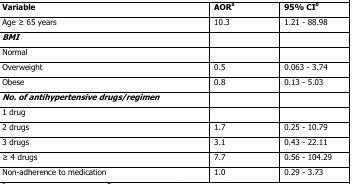
<table><thead><tr><td><b>Variable</b></td><td><b>AORa</b></td><td><b>95% CIb</b></td></tr></thead><tbody><tr><td>Age ≥ 65 years</td><td>10.3</td><td>1.21 - 88.98</td></tr><tr><td><i><b>BMI</b></i></td><td></td><td></td></tr><tr><td>Normal</td><td></td><td></td></tr><tr><td>Overweight</td><td>0.5</td><td>0.063 - 3.74</td></tr><tr><td>Obese</td><td>0.8</td><td>0.13 - 5.03</td></tr><tr><td><i><b>No. of antihypertensive drugs/regimen</b></i></td><td></td><td></td></tr><tr><td>1 drug</td><td></td><td></td></tr><tr><td>2 drugs</td><td>1.7</td><td>0.25 - 10.79</td></tr><tr><td>3 drugs</td><td>3.1</td><td>0.43 - 22.11</td></tr><tr><td>≥ 4 drugs</td><td>7.7</td><td>0.56 - 104.29</td></tr><tr><td>Non-adherence to medication</td><td>1.0</td><td>0.29 - 3.73</td></tr></tbody></table>